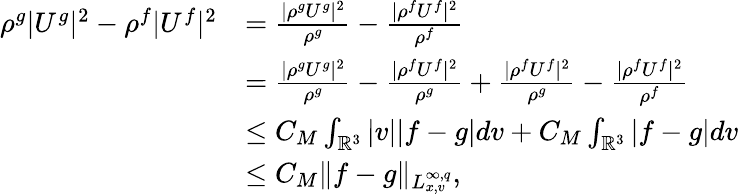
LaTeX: \begin{array}{rl}{\rho^{g}|U^{g}|^{2}-\rho^{f}|U^{f}|^{2}}&{=\frac{|\rho^{g}U^{g}|^{2}}{\rho^{g}}-\frac{|\rho^{f}U^{f}|^{2}}{\rho^{f}}}\\ &{=\frac{|\rho^{g}U^{g}|^{2}}{\rho^{g}}-\frac{|\rho^{f}U^{f}|^{2}}{\rho^{g}}+\frac{|\rho^{f}U^{f}|^{2}}{\rho^{g}}-\frac{|\rho^{f}U^{f}|^{2}}{\rho^{f}}}\\ &{\leq C_{M}\int_{\mathbb{R}^{3}}|v||f-g|dv+C_{M}\int_{\mathbb{R}^{3}}|f-g|dv}\\ &{\leq C_{M}\| f-g\| _{L_{x,v}^{\infty,q}},}\end{array}